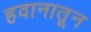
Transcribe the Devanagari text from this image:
हवानातून